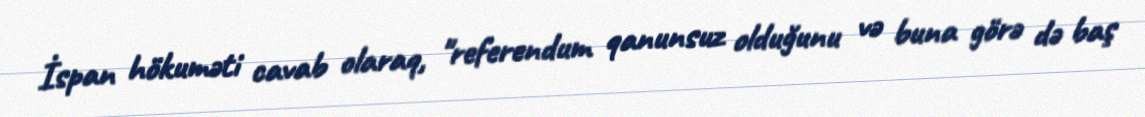
İspan hökuməti cavab olaraq, "referendum qanunsuz olduğunu və buna görə də baş